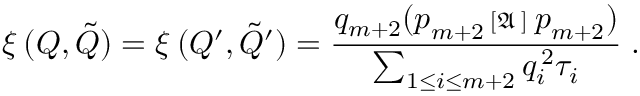
\displaystyle \xi _ { \mathbf { \varepsilon } } ( Q , \tilde { Q } ) = \xi _ { \mathbf { \varepsilon } } ( Q ^ { \prime } , \tilde { Q } ^ { \prime } ) = \frac { q _ { m + 2 } ( \boldsymbol { p } _ { m + 2 } { \, \scriptstyle { [ \mathfrak { A } _ { \mathbf { \varepsilon } } ] \, } \, } \boldsymbol { p } _ { m + 2 } ) } { \sum _ { { 1 \le i \le m { + } 2 } } q _ { i } ^ { \, 2 } \tau _ { i } } \; .